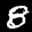
Label: 8